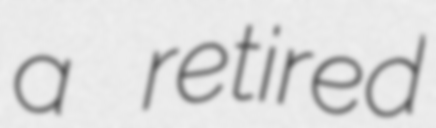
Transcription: a retired